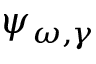
\psi _ { \omega , \gamma }